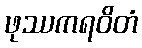
ဖုဿကရဝိတံ